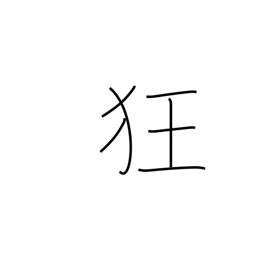
Meaning: crazy